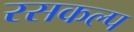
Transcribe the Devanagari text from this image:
रसकल्प